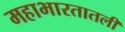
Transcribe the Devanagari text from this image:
महाभारतातली